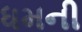
ધમની